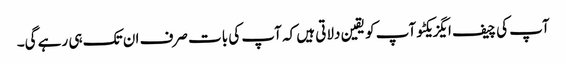
آپ کی چیف ایگزیکٹو آپ کو یقین دلاتی ہیں کہ آپ کی بات صرف ان تک ہی رہے گی۔